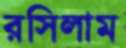
রসিলাম